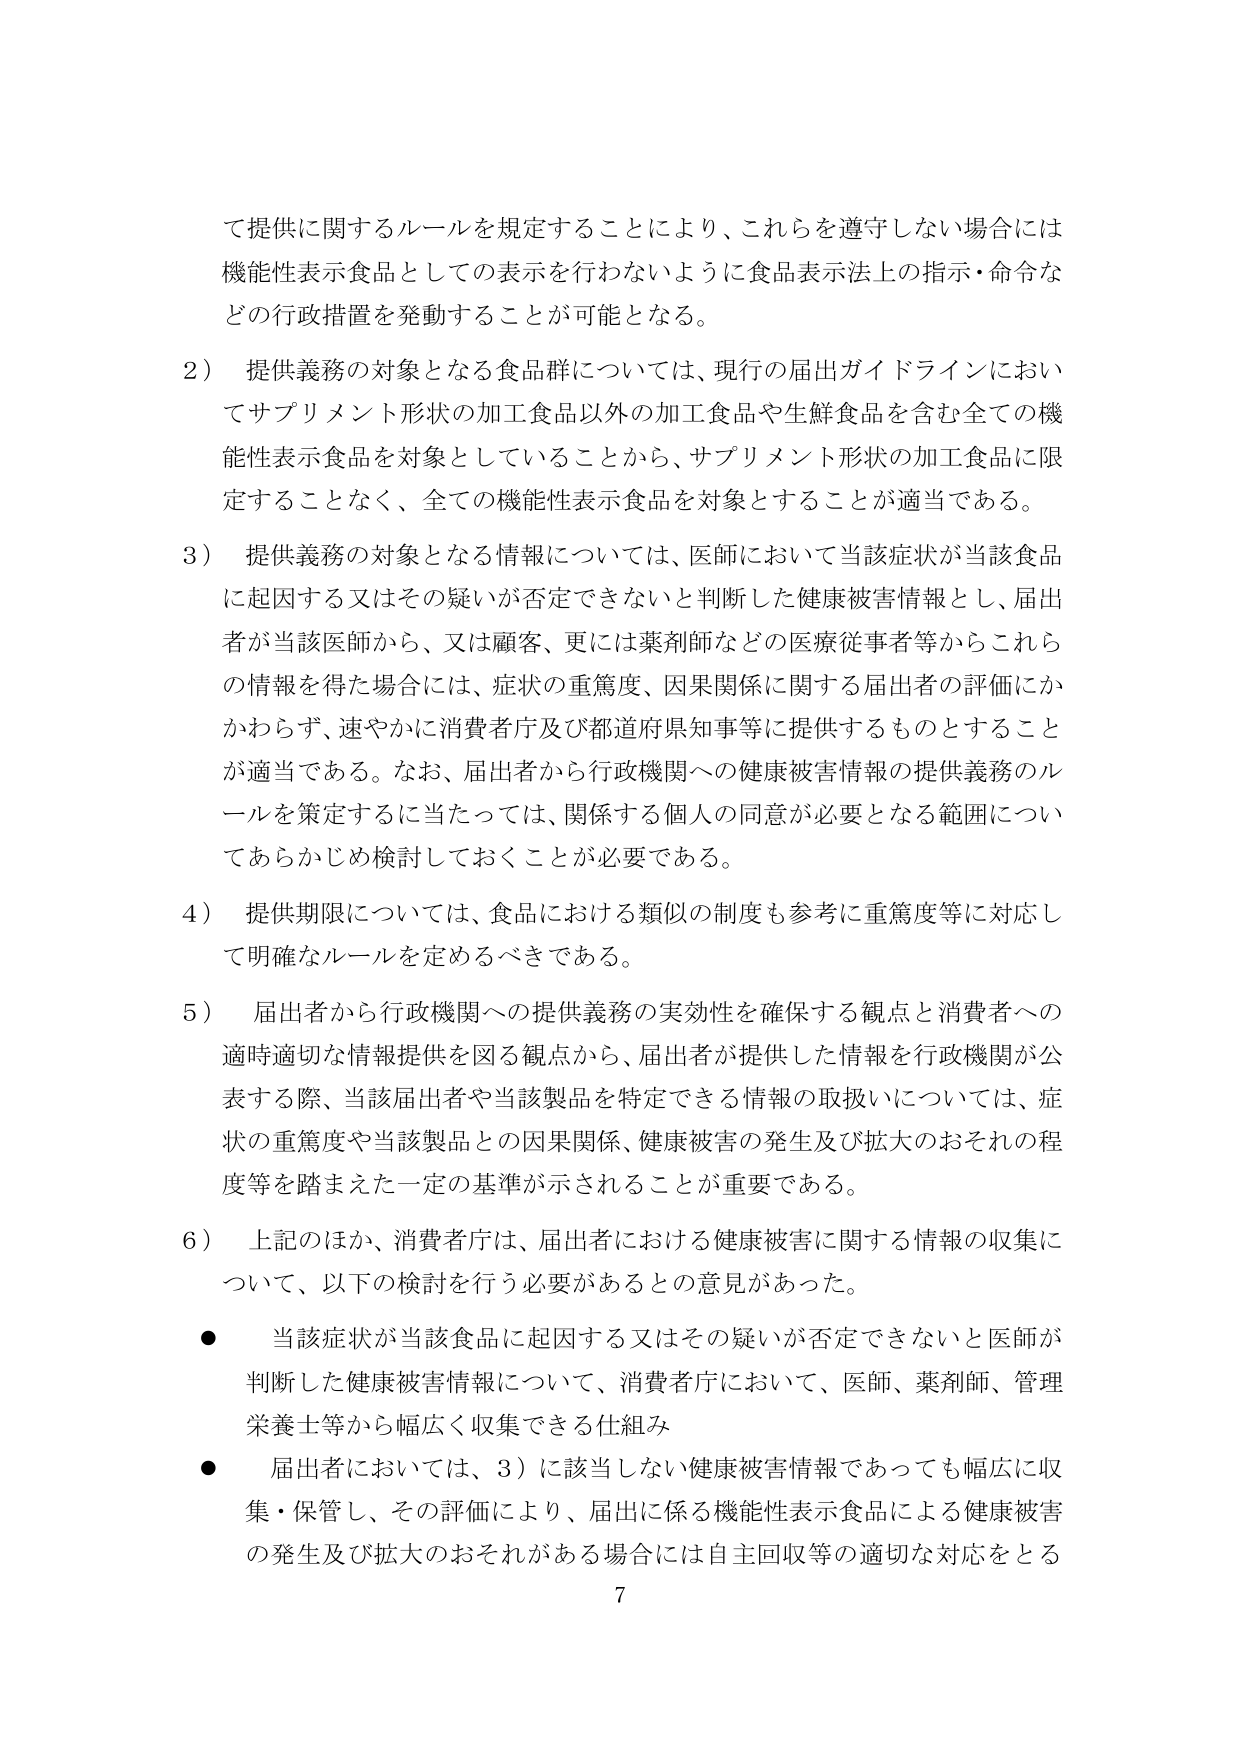
て提供に関するルールを規定することにより、これらを遵守しない場合には機能性表示食品としての表示を行わないように食品表示法上の指示・命令などの行政措置を発動することが可能となる。

2） 提供義務の対象となる食品群については、現行の届出ガイドラインにおいてサプリメント形状の加工食品以外の加工食品や生鮮食品を含む全ての機能性表示食品を対象としていることから、サプリメント形状の加工食品に限定することなく、全ての機能性表示食品を対象とすることが適当である。

3） 提供義務の対象となる情報については、医師において当該症状が当該食品に起因する又はその疑いが否定できないと判断した健康被害情報とし、届出者が当該医師から、又は顧客、更には薬剤師などの医療従事者等からこれらの情報を得た場合には、症状の重篤度、因果関係に関する届出者の評価にかかわらず、速やかに消費者庁及び都道府県知事等に提供するものとすることが適当である。なお、届出者から行政機関への健康被害情報の提供義務のルールを策定するに当たっては、関係する個人の同意が必要となる範囲についてあらかじめ検討しておくことが必要である。

4） 提供期限については、食品における類似の制度も参考に重篤度等に対応して明確なルールを定めるべきである。

5） 届出者から行政機関への提供義務の実効性を確保する観点と消費者への適時適切な情報提供を図る観点から、届出者が提供した情報を行政機関が公表する際、当該届出者や当該製品を特定できる情報の取扱いについては、症状の重篤度や当該製品との因果関係、健康被害の発生及び拡大のおそれの程度等を踏まえた一定の基準が示されることが重要である。

6） 上記のほか、消費者庁は、届出者における健康被害に関する情報の収集について、以下の検討を行う必要があるとの意見があった。

● 当該症状が当該食品に起因する又はその疑いが否定できないと医師が判断した健康被害情報について、消費者庁において、医師、薬剤師、管理栄養士等から幅広く収集できる仕組み

● 届出者においては、3）に該当しない健康被害情報であっても幅広に収集・保管し、その評価により、届出に係る機能性表示食品による健康被害の発生及び拡大のおそれがある場合には自主回収等の適切な対応をとる

7